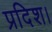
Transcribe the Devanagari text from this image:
प्रदिश।